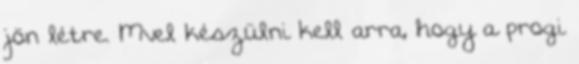
jön létre. Mvel készülni kell arra, hogy a progi